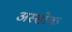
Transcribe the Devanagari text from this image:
अस्सोक